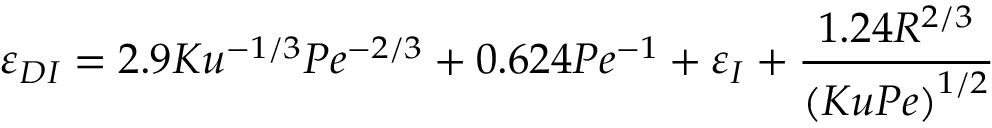
\varepsilon _ { D I } = 2 . 9 K u ^ { - 1 / 3 } P e ^ { - 2 / 3 } + 0 . 6 2 4 P e ^ { - 1 } + \varepsilon _ { I } + \frac { 1 . 2 4 R ^ { 2 / 3 } } { \left( K u P e \right) ^ { 1 / 2 } }